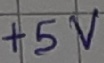
Text: +5V